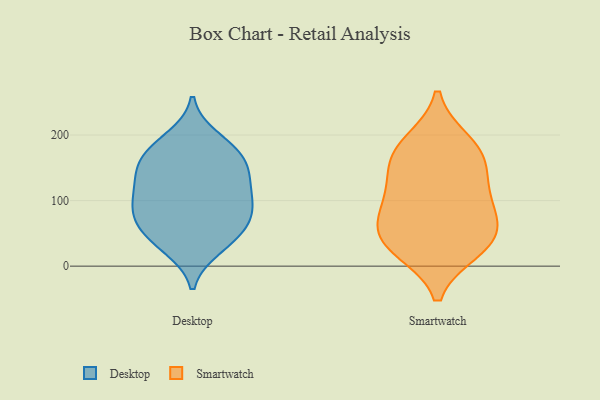
{"axis": {"x": "Satisfaction Score", "y": "Value"}, "legend": ["Desktop", "Smartwatch"], "data": [{"x": "", "y": 82, "type": "Desktop"}, {"x": "", "y": 180, "type": "Desktop"}, {"x": "", "y": 34, "type": "Desktop"}, {"x": "", "y": 68, "type": "Desktop"}, {"x": "", "y": 151, "type": "Desktop"}, {"x": "", "y": 58, "type": "Desktop"}, {"x": "", "y": 123, "type": "Desktop"}, {"x": "", "y": 164, "type": "Desktop"}, {"x": "", "y": 135, "type": "Desktop"}, {"x": "", "y": 139, "type": "Desktop"}, {"x": "", "y": 98, "type": "Desktop"}, {"x": "", "y": 95, "type": "Desktop"}, {"x": "", "y": 52, "type": "Desktop"}, {"x": "", "y": 195, "type": "Desktop"}, {"x": "", "y": 28, "type": "Desktop"}, {"x": "", "y": 173, "type": "Desktop"}, {"x": "", "y": 95, "type": "Desktop"}, {"x": "", "y": 98, "type": "Smartwatch"}, {"x": "", "y": 154, "type": "Smartwatch"}, {"x": "", "y": 119, "type": "Smartwatch"}, {"x": "", "y": 52, "type": "Smartwatch"}, {"x": "", "y": 189, "type": "Smartwatch"}, {"x": "", "y": 91, "type": "Smartwatch"}, {"x": "", "y": 62, "type": "Smartwatch"}, {"x": "", "y": 25, "type": "Smartwatch"}, {"x": "", "y": 181, "type": "Smartwatch"}, {"x": "", "y": 42, "type": "Smartwatch"}, {"x": "", "y": 26, "type": "Smartwatch"}, {"x": "", "y": 159, "type": "Smartwatch"}]}